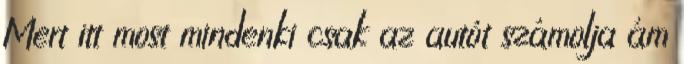
Mert itt most mindenki csak az autót számolja ám